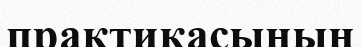
практикасының